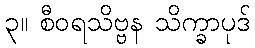
၃။ စီဝရသိဗ္ဗန သိက္ခာပုဒ်